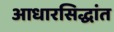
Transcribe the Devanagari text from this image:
आधारसिद्धांत